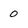
Character: 0